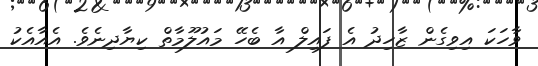
ވާހަކަ އިވިގެން ޒާހިދު އެ ފައިލް އާ ބެހޭ މައުލޫމާތް ކިޔާދިނެވެ. އެއާއެކު